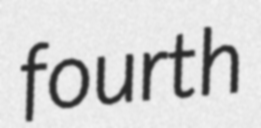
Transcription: fourth